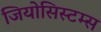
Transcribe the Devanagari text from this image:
जियोसिस्टम्स